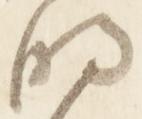
明